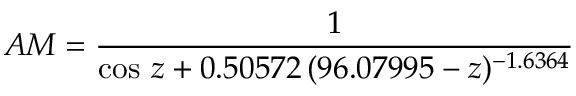
A M = { \frac { 1 } { \cos \, z + 0 . 5 0 5 7 2 \, ( 9 6 . 0 7 9 9 5 - z ) ^ { - 1 . 6 3 6 4 } } }